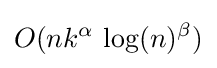
O(nk^{\alpha }\,\log(n)^{\beta })